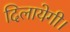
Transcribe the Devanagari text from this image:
दिलायेगी।